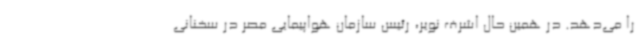
را می‌دهد. در همین حال اشرف نویر، رئیس سازمان هواپیمایی مصر در سخنانی